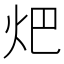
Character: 𤆵